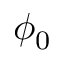
\phi _ { 0 }